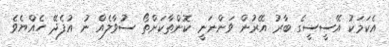
އެކަމަކު އޭސީސީގެ ބާރު އޭރުން ވަންނަނީ ކޮންތާކަށްތޯ ސުވާލެއް ނު އުފެދޭ ހެއްޔެވެ